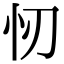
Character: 㣼